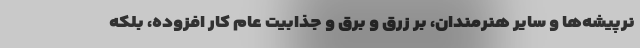
نرپیشه‌ها و سایر هنرمندان، بر زرق و برق و جذابیت عام کار افزوده، بلکه